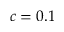
c = 0 . 1